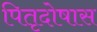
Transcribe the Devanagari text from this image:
पितृदोषास